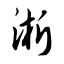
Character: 淅